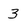
Character: 3